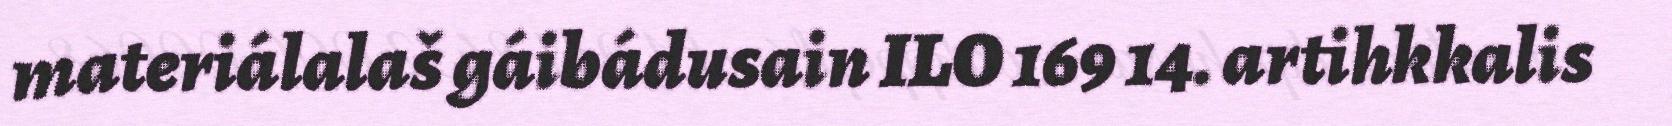
materiálalaš gáibádusain ILO 169 14. artihkkalis